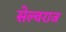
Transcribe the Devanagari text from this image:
सेल्वराज